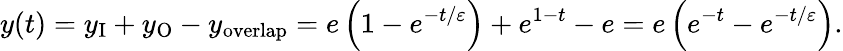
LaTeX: y(t)=y_{\mathrm{I}}+y_{\mathrm{O}}-y_{\mathrm{overlap}}=e\left({1-e^{-t/\varepsilon}}\right)+e^{1-t}-e=e\left({e^{-t}-e^{-t/\varepsilon}}\right).